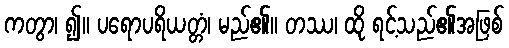
ကတွာ၊ ၍။ ပရောပရိယတ္တံ၊ မည်၏။ တဿ၊ ထို ရင့်သည်၏အဖြစ်